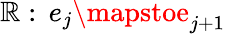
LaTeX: \mathbb{R}:\, e_{j}\mapstoe_{j+1}